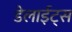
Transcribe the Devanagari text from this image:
डेलाईट्स